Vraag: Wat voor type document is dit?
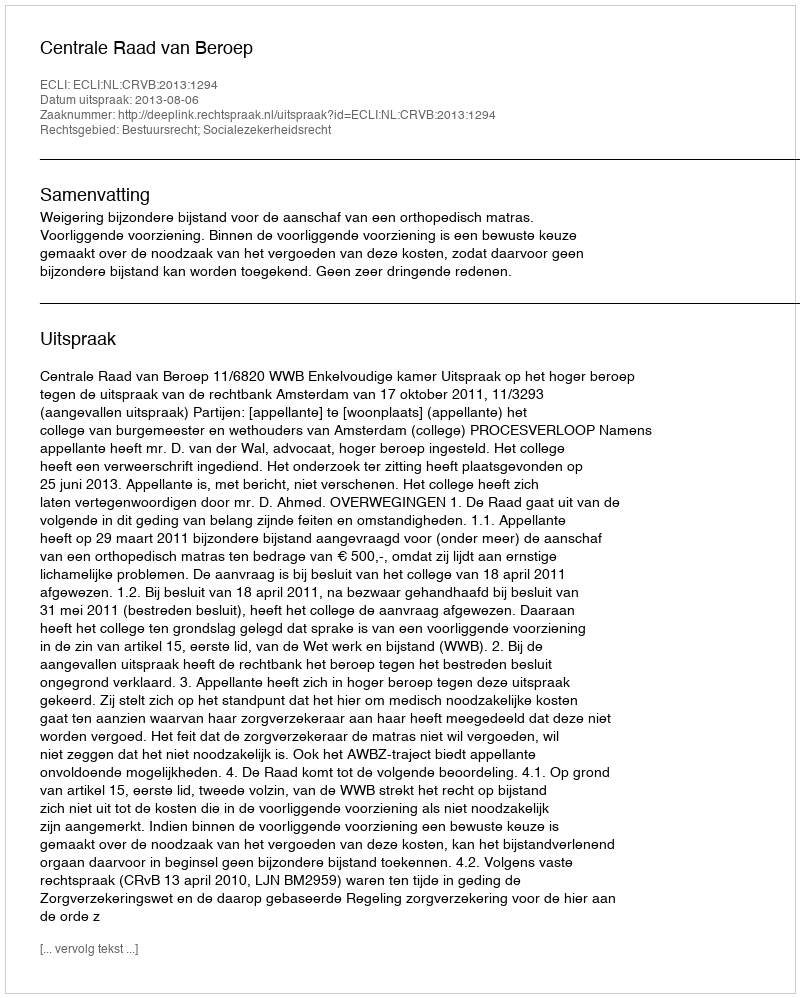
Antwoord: Uitspraak